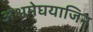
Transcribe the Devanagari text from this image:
अश्वमेघयाजिन्